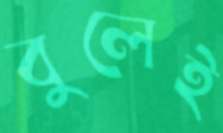
বুলেই